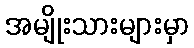
အမျိုးသားများမှာ